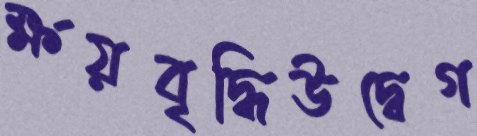
ক্ষয়বৃদ্ধিউদ্বেগ